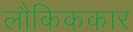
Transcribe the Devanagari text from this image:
लौकिककार